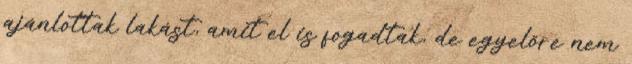
ajánlottak lakást, amit el is fogadtak, de egyelőre nem